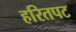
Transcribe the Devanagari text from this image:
हरितपट